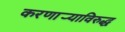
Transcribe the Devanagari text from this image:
करणार्‍याविरुद्ध